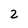
Character: 2